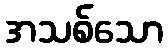
အသစ်သော